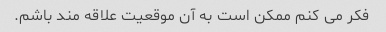
فکر می کنم ممکن است به آن موقعیت علاقه مند باشم.